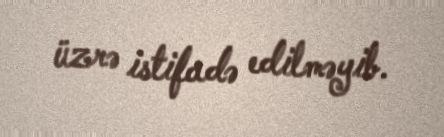
üzrə istifadə edilməyib.